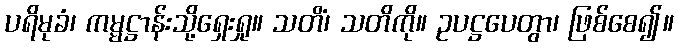
ပရိမုခံ၊ ကမ္မဋ္ဌာန်းသို့ရှေးရှု။ သတိံ၊ သတိကို။ ဥပဋ္ဌပေတွာ၊ ဖြစ်စေ၍။